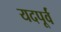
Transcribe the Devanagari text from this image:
यदपूर्वं